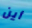
أين